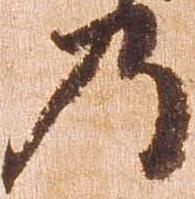
乃